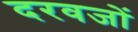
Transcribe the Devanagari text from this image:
दरवजों